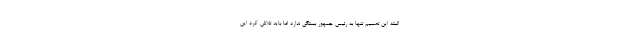
البته این تصمیم تنها به رئیس جمهور بستگی ندارد اما باید تلاش کرد این